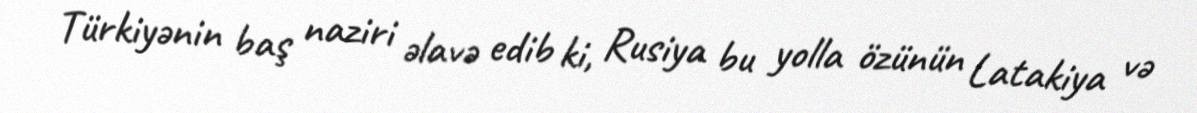
Türkiyənin baş naziri əlavə edib ki, Rusiya bu yolla özünün Latakiya və